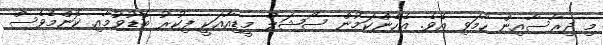
މި ދިރާސާއިން ހާމަވި އެވެ. އެހެންކަމުން ސޯޝަލް މީޑިއާއަކީ ފިކުރު ބޮޑުވުމާއި ކޮންމެވެސް